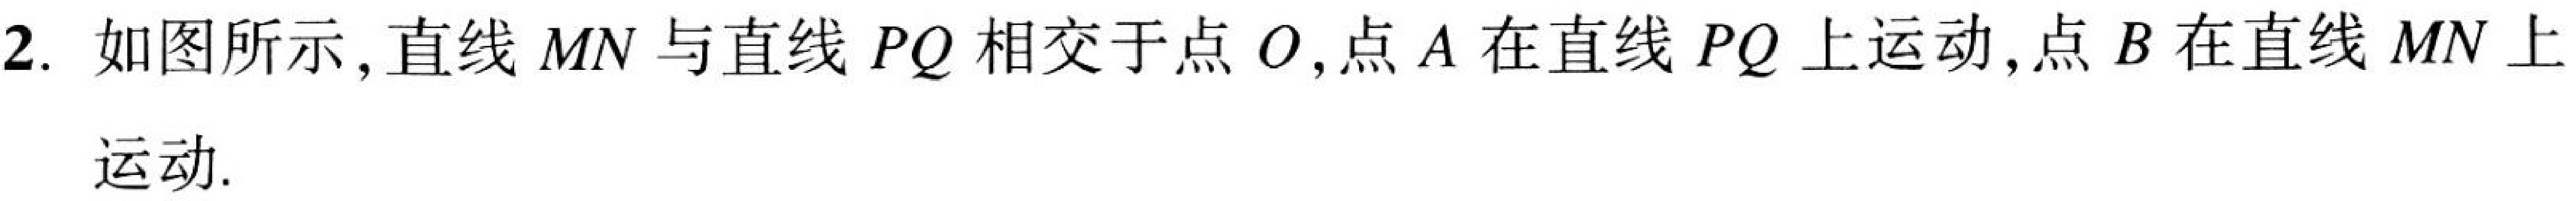
2. 如图所示,直线 \(MN\) 与直线 \(PQ\) 相交于点 \(O\),点 \(A\) 在直线 \(PQ\) 上运动,点 \(B\) 在直线 \(MN\) 上运动.